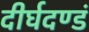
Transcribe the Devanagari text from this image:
दीर्घदण्डं